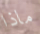
ماذا